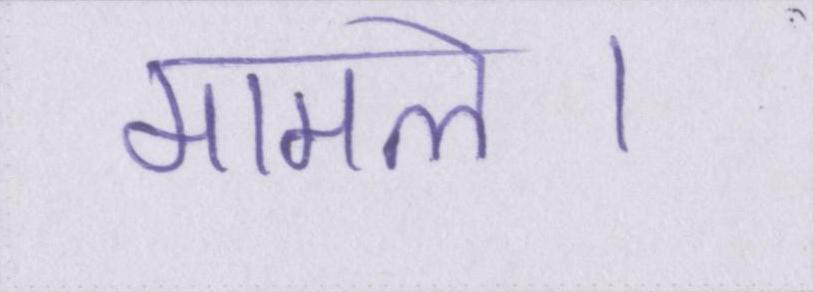
मामले।